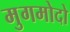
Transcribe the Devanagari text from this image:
मुगमोदो